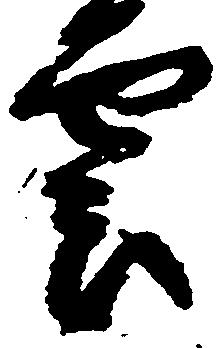
雲